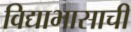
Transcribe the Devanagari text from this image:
विद्याभासाची